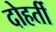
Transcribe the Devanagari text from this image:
दोहर्ती